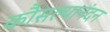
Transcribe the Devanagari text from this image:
कौसल्यानंदन